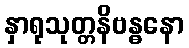
နှာရုသုတ္တနိဗန္ဓနော